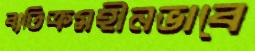
ব্যতিক্রমহীনভাবে